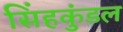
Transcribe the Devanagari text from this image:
सिंहकुंडल